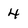
Character: 4